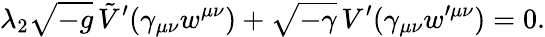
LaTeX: \lambda_{2}\sqrt{-g}\, \tilde{V}^{\prime}(\gamma_{\mu\nu}w^{\mu\nu})+\sqrt{-\gamma}\, V^{\prime}(\gamma_{\mu\nu}w^{\prime\mu\nu})=0.